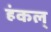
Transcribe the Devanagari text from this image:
हंकल्